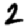
Digit: 2